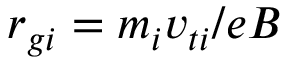
r _ { g i } = m _ { i } v _ { t i } / e B